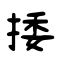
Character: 捼